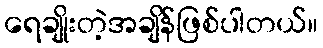
ရေချိုးတဲ့အချိန်ဖြစ်ပါတယ်။